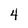
Character: 4